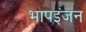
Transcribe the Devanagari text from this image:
भापइंजन